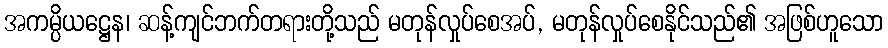
အကမ္ပိယဋ္ဌေန၊ ဆန့်ကျင်ဘက်တရားတို့သည် မတုန်လှုပ်စေအပ်, မတုန်လှုပ်စေနိုင်သည်၏ အဖြစ်ဟူသော